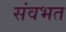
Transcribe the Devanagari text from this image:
संवभत